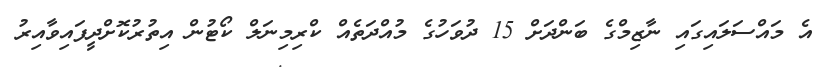
އެ މައްސަލައިގައި ނާޒިމްގެ ބަންދަށް 15 ދުވަހުގެ މުއްދަތެއް ކްރިމިނަލް ކޯޓުން އިތުރުކޮށްދީފައިވާއިރު